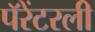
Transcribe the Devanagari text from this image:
पॅरेंटरली